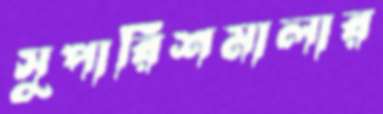
সুপারিশমালার